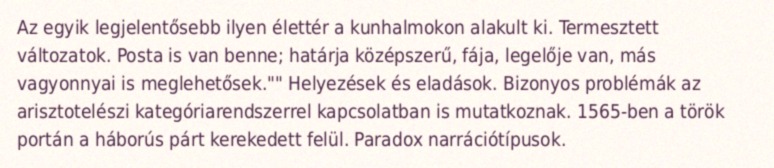
Az egyik legjelentősebb ilyen élettér a kunhalmokon alakult ki. Termesztett változatok. Posta is van benne; határja középszerű, fája, legelője van, más vagyonnyai is meglehetősek."" Helyezések és eladások. Bizonyos problémák az arisztotelészi kategóriarendszerrel kapcsolatban is mutatkoznak. 1565-ben a török portán a háborús párt kerekedett felül. Paradox narrációtípusok.